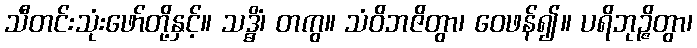
သီတင်းသုံးဖော်တို့နှင့်။ သဒ္ဓိံ၊ တကွ။ သံဝိဘဇိတွာ၊ ဝေဖန်၍။ ပရိဘုဉ္ဇိတွာ၊